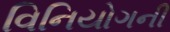
વિનિયોગની